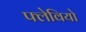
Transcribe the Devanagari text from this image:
फ्लेवियो